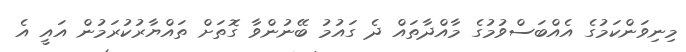
މިނިވަންކަމުގެ އެއްބަސްވުމުގެ މާއްދާތައް ދެ ގައުމު ބޭނުންވާ ގޮތަށް ތައްޔާރުކުރަމުން އައީ އެ